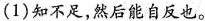
(1)知不足，然后能自反也。